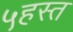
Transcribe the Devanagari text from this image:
५हस्त